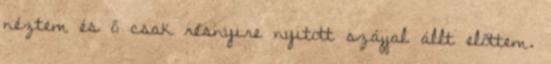
néztem és ő csak résnyire nyitott szájjal állt előttem.